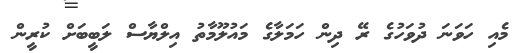
މެއި ހަވަނަ ދުވަހުގެ ރޭ ދިން ހަމަލާގެ މައުލޫމާތު އިލްޔާސް ލަބީބަށް ކުރީން